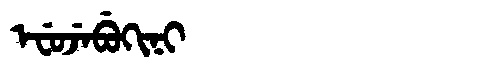
Manchu: ᡝᠸᡠᠵᡝᠪᡠᡴᡳᠨᡳ
Romanization: EFUJEBUKINI